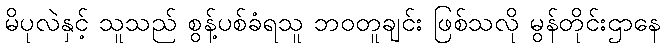
မိပုလဲနှင့် သူသည် စွန့်ပစ်ခံရသူ ဘဝတူချင်း ဖြစ်သလို မွန်တိုင်းဌာနေ